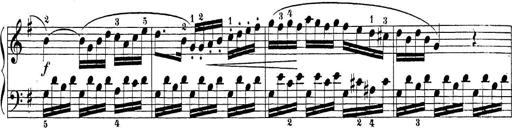
Title: Sonatina Album
Composer: Louis KÃ¶hler